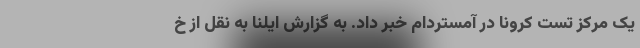
یک مرکز تست کرونا در آمستردام خبر داد. به گزارش ایلنا به نقل از خ